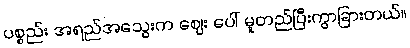
ပစ္စည်း အရည်အသွေးက ဈေး ပေါ် မူတည်ပြီးကွာခြားတယ်။